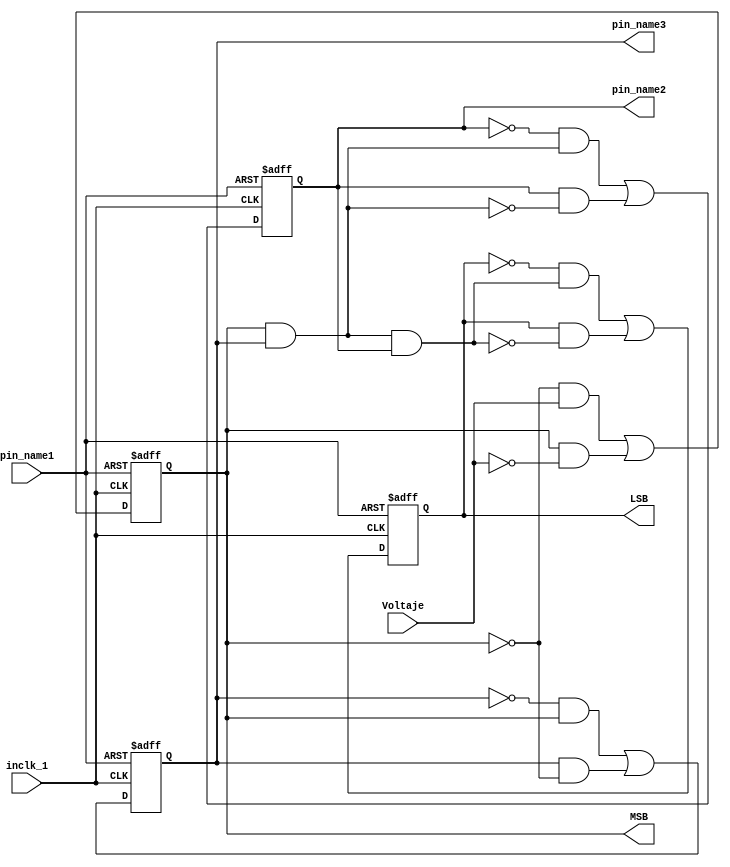
module Cont4bits(
	inclk_1,
	Voltaje,
	pin_name1,
	pin_name2,
	pin_name3,
	LSB,
	MSB
);


input wire	inclk_1;
input wire	Voltaje;
input wire	pin_name1;
output wire	pin_name2;
output wire	pin_name3;
output reg	LSB;
output wire	MSB;

wire	SYNTHESIZED_WIRE_5;
reg	JKFF_inst6;
reg	SYNTHESIZED_WIRE_6;
reg	JKFF_inst5;
wire	SYNTHESIZED_WIRE_7;

assign	pin_name2 = JKFF_inst6;
assign	pin_name3 = JKFF_inst5;
assign	MSB = SYNTHESIZED_WIRE_6;



assign	SYNTHESIZED_WIRE_7 = SYNTHESIZED_WIRE_5 & JKFF_inst6;

assign	SYNTHESIZED_WIRE_5 = SYNTHESIZED_WIRE_6 & JKFF_inst5;


always@(posedge inclk_1 or negedge pin_name1)
begin
if (!pin_name1)
	begin
	SYNTHESIZED_WIRE_6 <= 1;
	end
else
	begin
	SYNTHESIZED_WIRE_6 <= ~SYNTHESIZED_WIRE_6 & Voltaje | SYNTHESIZED_WIRE_6 & ~Voltaje;
	end
end


always@(posedge inclk_1 or negedge pin_name1)
begin
if (!pin_name1)
	begin
	JKFF_inst5 <= 1;
	end
else
	begin
	JKFF_inst5 <= ~JKFF_inst5 & SYNTHESIZED_WIRE_6 | JKFF_inst5 & ~SYNTHESIZED_WIRE_6;
	end
end


always@(posedge inclk_1 or negedge pin_name1)
begin
if (!pin_name1)
	begin
	JKFF_inst6 <= 1;
	end
else
	begin
	JKFF_inst6 <= ~JKFF_inst6 & SYNTHESIZED_WIRE_5 | JKFF_inst6 & ~SYNTHESIZED_WIRE_5;
	end
end


always@(posedge inclk_1 or negedge pin_name1)
begin
if (!pin_name1)
	begin
	LSB <= 1;
	end
else
	begin
	LSB <= ~LSB & SYNTHESIZED_WIRE_7 | LSB & ~SYNTHESIZED_WIRE_7;
	end
end


endmodule